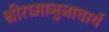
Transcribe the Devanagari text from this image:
श्रीरामानुजाचार्य